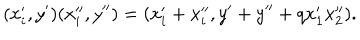
( x _ { i } ^ { \prime } , y ^ { \prime } ) ( x _ { i } ^ { \prime \prime } , y ^ { \prime \prime } ) = ( x _ { i } ^ { \prime } + x _ { i } ^ { \prime \prime } , y ^ { \prime } + y ^ { \prime \prime } + q x _ { 1 } ^ { \prime } x _ { 2 } ^ { \prime \prime } ) .